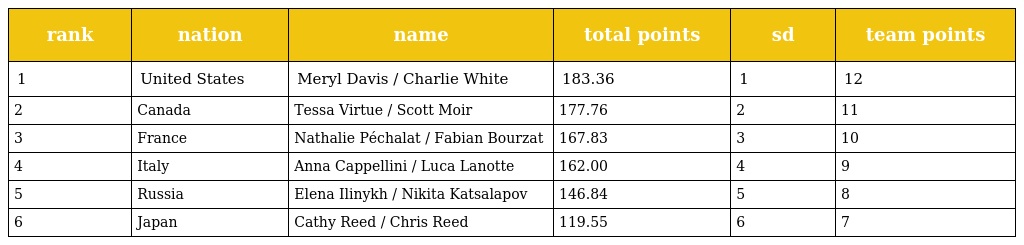
| rank | nation | name | total points | sd | team points |
 | --- | --- | --- | --- | --- | --- |
 | 1 | United States | Meryl Davis / Charlie White | 183.36 | 1 | 12 |
 | 2 | Canada | Tessa Virtue / Scott Moir | 177.76 | 2 | 11 |
 | 3 | France | Nathalie Péchalat / Fabian Bourzat | 167.83 | 3 | 10 |
 | 4 | Italy | Anna Cappellini / Luca Lanotte | 162.00 | 4 | 9 |
 | 5 | Russia | Elena Ilinykh / Nikita Katsalapov | 146.84 | 5 | 8 |
 | 6 | Japan | Cathy Reed / Chris Reed | 119.55 | 6 | 7 |